Problem: 6 + 27 = ?
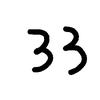
Handwritten answer: 33